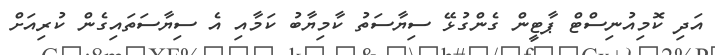
އަދި ކޮމިއުނިސްޓް ޕާޓީން ގެންގުޅޭ ސިޔާސަތު ކާމިޔާބު ކަމާއި އެ ސިޔާސަތައިގެން ކުރިއަށް